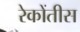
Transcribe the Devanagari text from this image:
रेकोंतीस